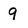
Character: 9